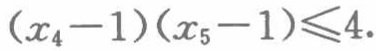
\((x_{4}-1)(x_{5}-1)\leq4\)